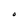
Character: O